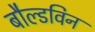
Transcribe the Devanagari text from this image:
बौल्डविन